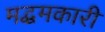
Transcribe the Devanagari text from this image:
मद्धमकारी